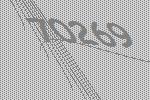
70269